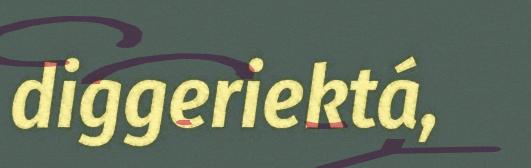
diggeriektá,